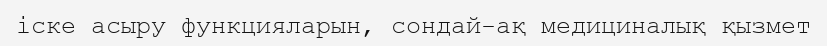
іске асыру функцияларын, сондай-ақ медициналық қызмет